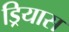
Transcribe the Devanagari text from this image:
ड्रियास